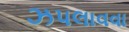
ઝપલાવવા